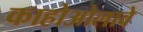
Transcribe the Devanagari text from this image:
काहोओलावे